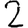
Digit: 2